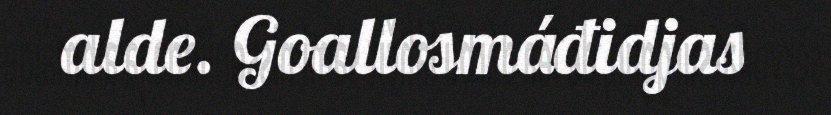
alde. Goallosmáđidjas